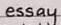
essay